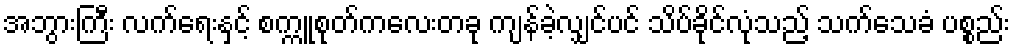
အဘွားကြီး လက်ရေးနှင့် စက္ကူစုတ်ကလေးတခု ကျန်ခဲ့လျှင်ပင် သိပ်ခိုင်လုံသည့် သက်သေခံ ပစ္စည်း